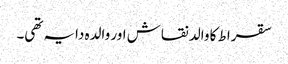
سقراط کا والد نقاش اور والدہ دایہ تھی۔